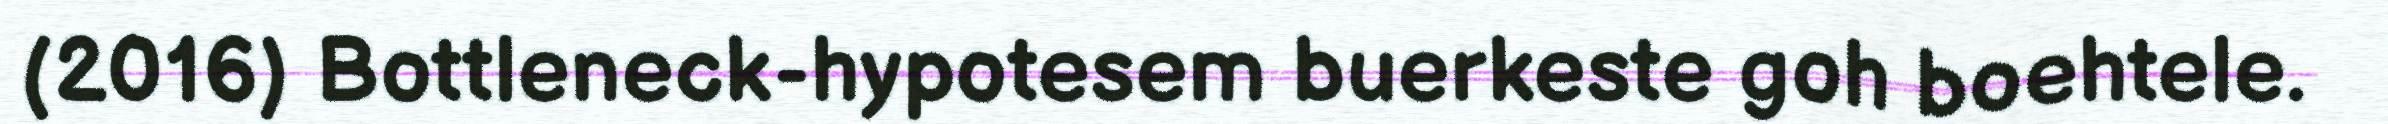
(2016) Bottleneck-hypotesem buerkeste goh boehtele.